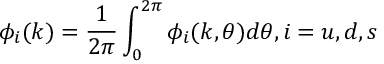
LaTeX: \phi _ { i } ( k ) = \frac { 1 } { 2 \pi } \int _ { 0 } ^ { 2 \pi } \phi _ { i } ( k , \theta ) d \theta , i = u , d , s